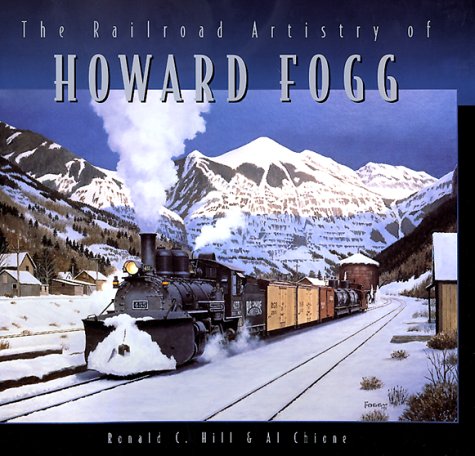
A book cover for The Railroad Artistry of Howard Fogg; Howard Fogg; Arts & Photography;